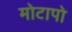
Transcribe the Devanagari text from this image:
मोटापो